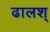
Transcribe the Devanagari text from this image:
ढालश्